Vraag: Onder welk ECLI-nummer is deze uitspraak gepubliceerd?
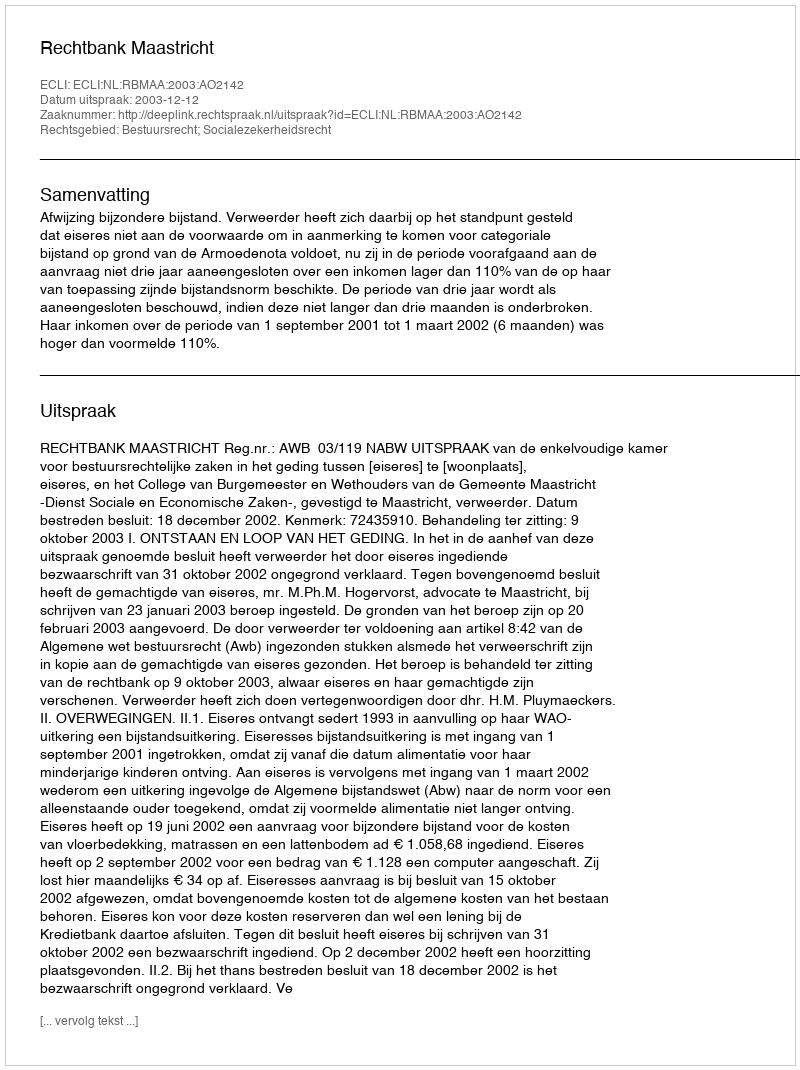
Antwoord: ECLI:NL:RBMAA:2003:AO2142